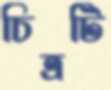
চিত্রটি